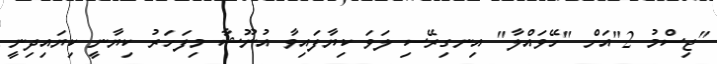
"ޖިސްމު 2"އަށް "ހޭވައްލާ" އިނގިރޭސި ލަވަ ކިޔާފައިވާ އުނޫޝާ މިފަހަރު ކިޔާނީ ކިޔައިދިނީ